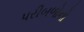
પરીબળોનો